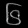
Digit: ၆